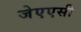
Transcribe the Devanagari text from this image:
जेएएसी